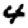
Digit: 4